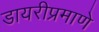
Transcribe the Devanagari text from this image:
डायरीप्रमाणे